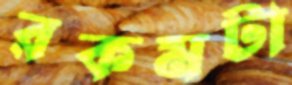
রকমটা